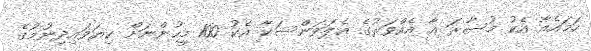
ހަމައެއާ އެކު މުސާރަ އާ އެއްވަރުގެ އެލަވަންސަކާ އެކު 100 މީހުންނަށް ކިޔަވައިދިނުމުގެ